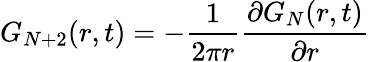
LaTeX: G_{N+2}(r,t)=-\frac{1}{2\pi r}\frac{\partial G_{N}(r,t)}{\partial r}